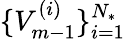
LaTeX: \{ V_{m-1}^{(i)}\} _{i=1}^{{N_{*}}}